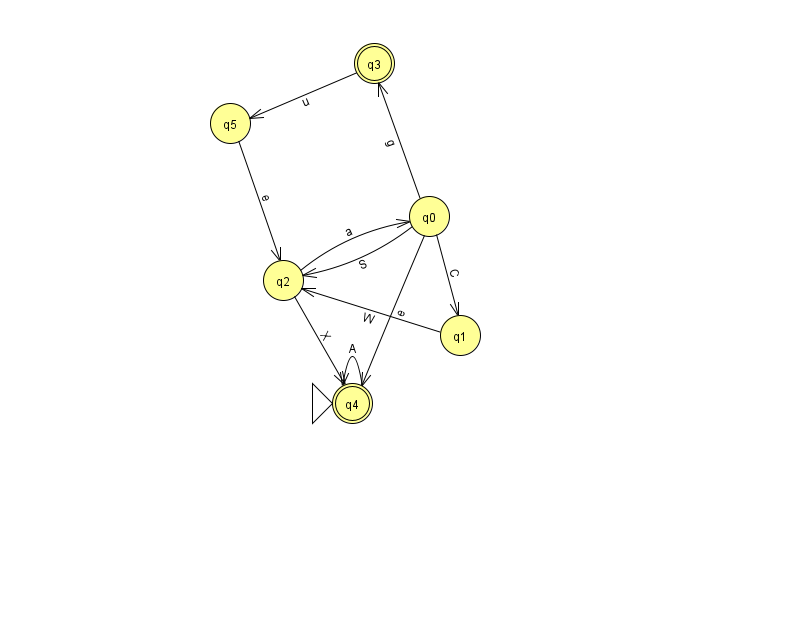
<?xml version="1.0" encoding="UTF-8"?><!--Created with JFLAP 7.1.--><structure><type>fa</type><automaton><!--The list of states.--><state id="0" name="q0"><x>429.0</x><y>203.0</y></state><state id="1" name="q1"><x>460.0</x><y>322.0</y></state><state id="2" name="q2"><x>283.0</x><y>267.0</y></state><state id="3" name="q3"><x>374.0</x><y>50.0</y><final/></state><state id="4" name="q4"><x>352.0</x><y>390.0</y><initial/><final/></state><state id="5" name="q5"><x>230.0</x><y>110.0</y></state><!--The list of transitions.--><transition><from>4</from><to>4</to><read>A</read></transition><transition><from>0</from><to>1</to><read>C</read></transition><transition><from>5</from><to>2</to><read>e</read></transition><transition><from>3</from><to>5</to><read>u</read></transition><transition><from>0</from><to>2</to><read>S</read></transition><transition><from>2</from><to>0</to><read>a</read></transition><transition><from>2</from><to>4</to><read>X</read></transition><transition><from>0</from><to>3</to><read>g</read></transition><transition><from>0</from><to>4</to><read>e</read></transition><transition><from>1</from><to>2</to><read>W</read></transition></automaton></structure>